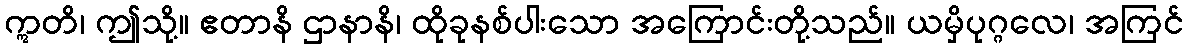
ဣတိ၊ ဤသို့။ ဧတာနိ ဌာနာနိ၊ ထိုခုနစ်ပါးသော အကြောင်းတို့သည်။ ယမှိပုဂ္ဂလေ၊ အကြင်